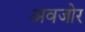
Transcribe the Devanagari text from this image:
अवजोर